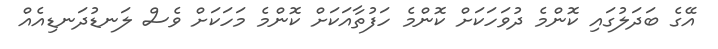
އޭގެ ބަދަލުގައި ކޮންމެ ދުވަހަކަށް ކޮންމެ ހަފުތާއަކަށް ކޮންމެ މަހަކަށް ވެސް ލަނޑުދަނޑިއެއް